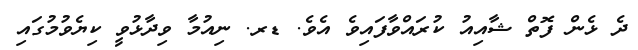
ދެ ޅެން ފޮތް ޝާއިއު ކުރައްވާފައިވެ އެވެ. ޑރ. ނިއުމާ ވިދާޅުވީ ކިޔެވުމުގައި